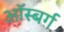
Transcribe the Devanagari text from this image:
ऑस्बर्ग